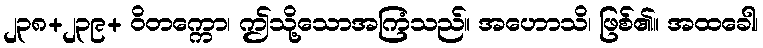
၂၃၈+၂၃၉+ ဝိတက္ကော၊ ဤသို့သောအကြံသည်။ အဟောသိ၊ ဖြစ်၏။ အထခေါ၊